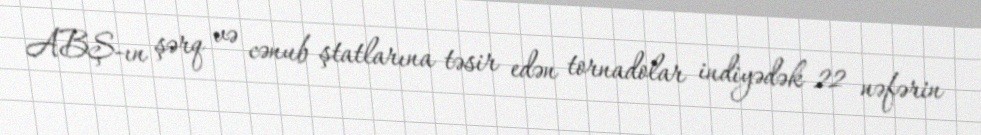
ABŞ-ın şərq və cənub ştatlarına təsir edən tornadolar indiyədək 22 nəfərin